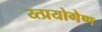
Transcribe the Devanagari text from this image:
य्त्प्रयोगेण